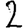
Digit: 2